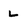
Character: L